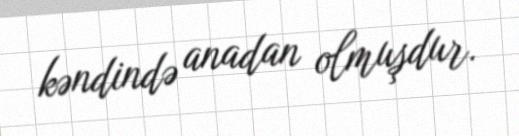
kəndində anadan olmuşdur.